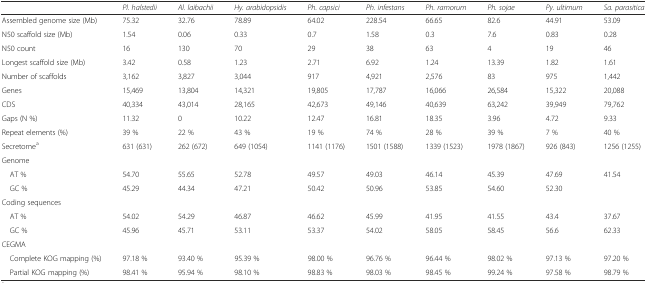
<table><thead><tr><td></td><td><b><i>Pl. halstedii</i></b></td><td><b><i>Al. laibachii</i></b></td><td><b><i>Hy. arabidopsidis</i></b></td><td><b><i>Ph. capsici</i></b></td><td><b><i>Ph. infestans</i></b></td><td><b><i>Ph. ramorum</i></b></td><td><b><i>Ph. sojae</i></b></td><td><b><i>Py. ultimum</i></b></td><td><b><i>Sa. parasitica</i></b></td></tr></thead><tbody><tr><td>Assembled genome size (Mb)</td><td>75.32</td><td>32.76</td><td>78.89</td><td>64.02</td><td>228.54</td><td>66.65</td><td>82.6</td><td>44.91</td><td>53.09</td></tr><tr><td>N50 scaffold size (Mb)</td><td>1.54</td><td>0.06</td><td>0.33</td><td>0.7</td><td>1.58</td><td>0.3</td><td>7.6</td><td>0.83</td><td>0.28</td></tr><tr><td>N50 count</td><td>16</td><td>130</td><td>70</td><td>29</td><td>38</td><td>63</td><td>4</td><td>19</td><td>46</td></tr><tr><td>Longest scaffold size (Mb)</td><td>3.42</td><td>0.58</td><td>1.23</td><td>2.71</td><td>6.92</td><td>1.24</td><td>13.39</td><td>1.82</td><td>1.61</td></tr><tr><td>Number of scaffolds</td><td>3,162</td><td>3,827</td><td>3,044</td><td>917</td><td>4,921</td><td>2,576</td><td>83</td><td>975</td><td>1,442</td></tr><tr><td>Genes</td><td>15,469</td><td>13,804</td><td>14,321</td><td>19,805</td><td>17,787</td><td>16,066</td><td>26,584</td><td>15,322</td><td>20,088</td></tr><tr><td>CDS</td><td>40,334</td><td>43,014</td><td>28,165</td><td>42,673</td><td>49,146</td><td>40,639</td><td>63,242</td><td>39,949</td><td>79,762</td></tr><tr><td>Gaps (N %)</td><td>11.32</td><td>0</td><td>10.22</td><td>12.47</td><td>16.81</td><td>18.35</td><td>3.96</td><td>4.72</td><td>9.33</td></tr><tr><td>Repeat elements (%)</td><td>39 %</td><td>22 %</td><td>43 %</td><td>19 %</td><td>74 %</td><td>28 %</td><td>39 %</td><td>7 %</td><td>40 %</td></tr><tr><td>Secretome<sup>a</sup></td><td>631 (631)</td><td>262 (672)</td><td>649 (1054)</td><td>1141 (1176)</td><td>1501 (1588)</td><td>1339 (1523)</td><td>1978 (1867)</td><td>926 (843)</td><td>1256 (1255)</td></tr><tr><td>Genome</td><td></td><td></td><td></td><td></td><td></td><td></td><td></td><td></td><td></td></tr><tr><td> AT %</td><td>54.70</td><td>55.65</td><td>52.78</td><td>49.57</td><td>49.03</td><td>46.14</td><td>45.39</td><td>47.69</td><td>41.54</td></tr><tr><td> GC %</td><td>45.29</td><td>44.34</td><td>47.21</td><td>50.42</td><td>50.96</td><td>53.85</td><td>54.60</td><td>52.30</td><td></td></tr><tr><td>Coding sequences</td><td></td><td></td><td></td><td></td><td></td><td></td><td></td><td></td><td></td></tr><tr><td> AT %</td><td>54.02</td><td>54.29</td><td>46.87</td><td>46.62</td><td>45.99</td><td>41.95</td><td>41.55</td><td>43.4</td><td>37.67</td></tr><tr><td> GC %</td><td>45.96</td><td>45.71</td><td>53.11</td><td>53.37</td><td>54.02</td><td>58.05</td><td>58.45</td><td>56.6</td><td>62.33</td></tr><tr><td>CEGMA</td><td></td><td></td><td></td><td></td><td></td><td></td><td></td><td></td><td></td></tr><tr><td> Complete KOG mapping (%)</td><td>97.18 %</td><td>93.40 %</td><td>95.39 %</td><td>98.00 %</td><td>96.76 %</td><td>96.44 %</td><td>98.02 %</td><td>97.13 %</td><td>97.20 %</td></tr><tr><td> Partial KOG mapping (%)</td><td>98.41 %</td><td>95.94 %</td><td>98.10 %</td><td>98.83 %</td><td>98.03 %</td><td>98.45 %</td><td>99.24 %</td><td>97.58 %</td><td>98.79 %</td></tr></tbody></table>